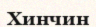
Хинчин